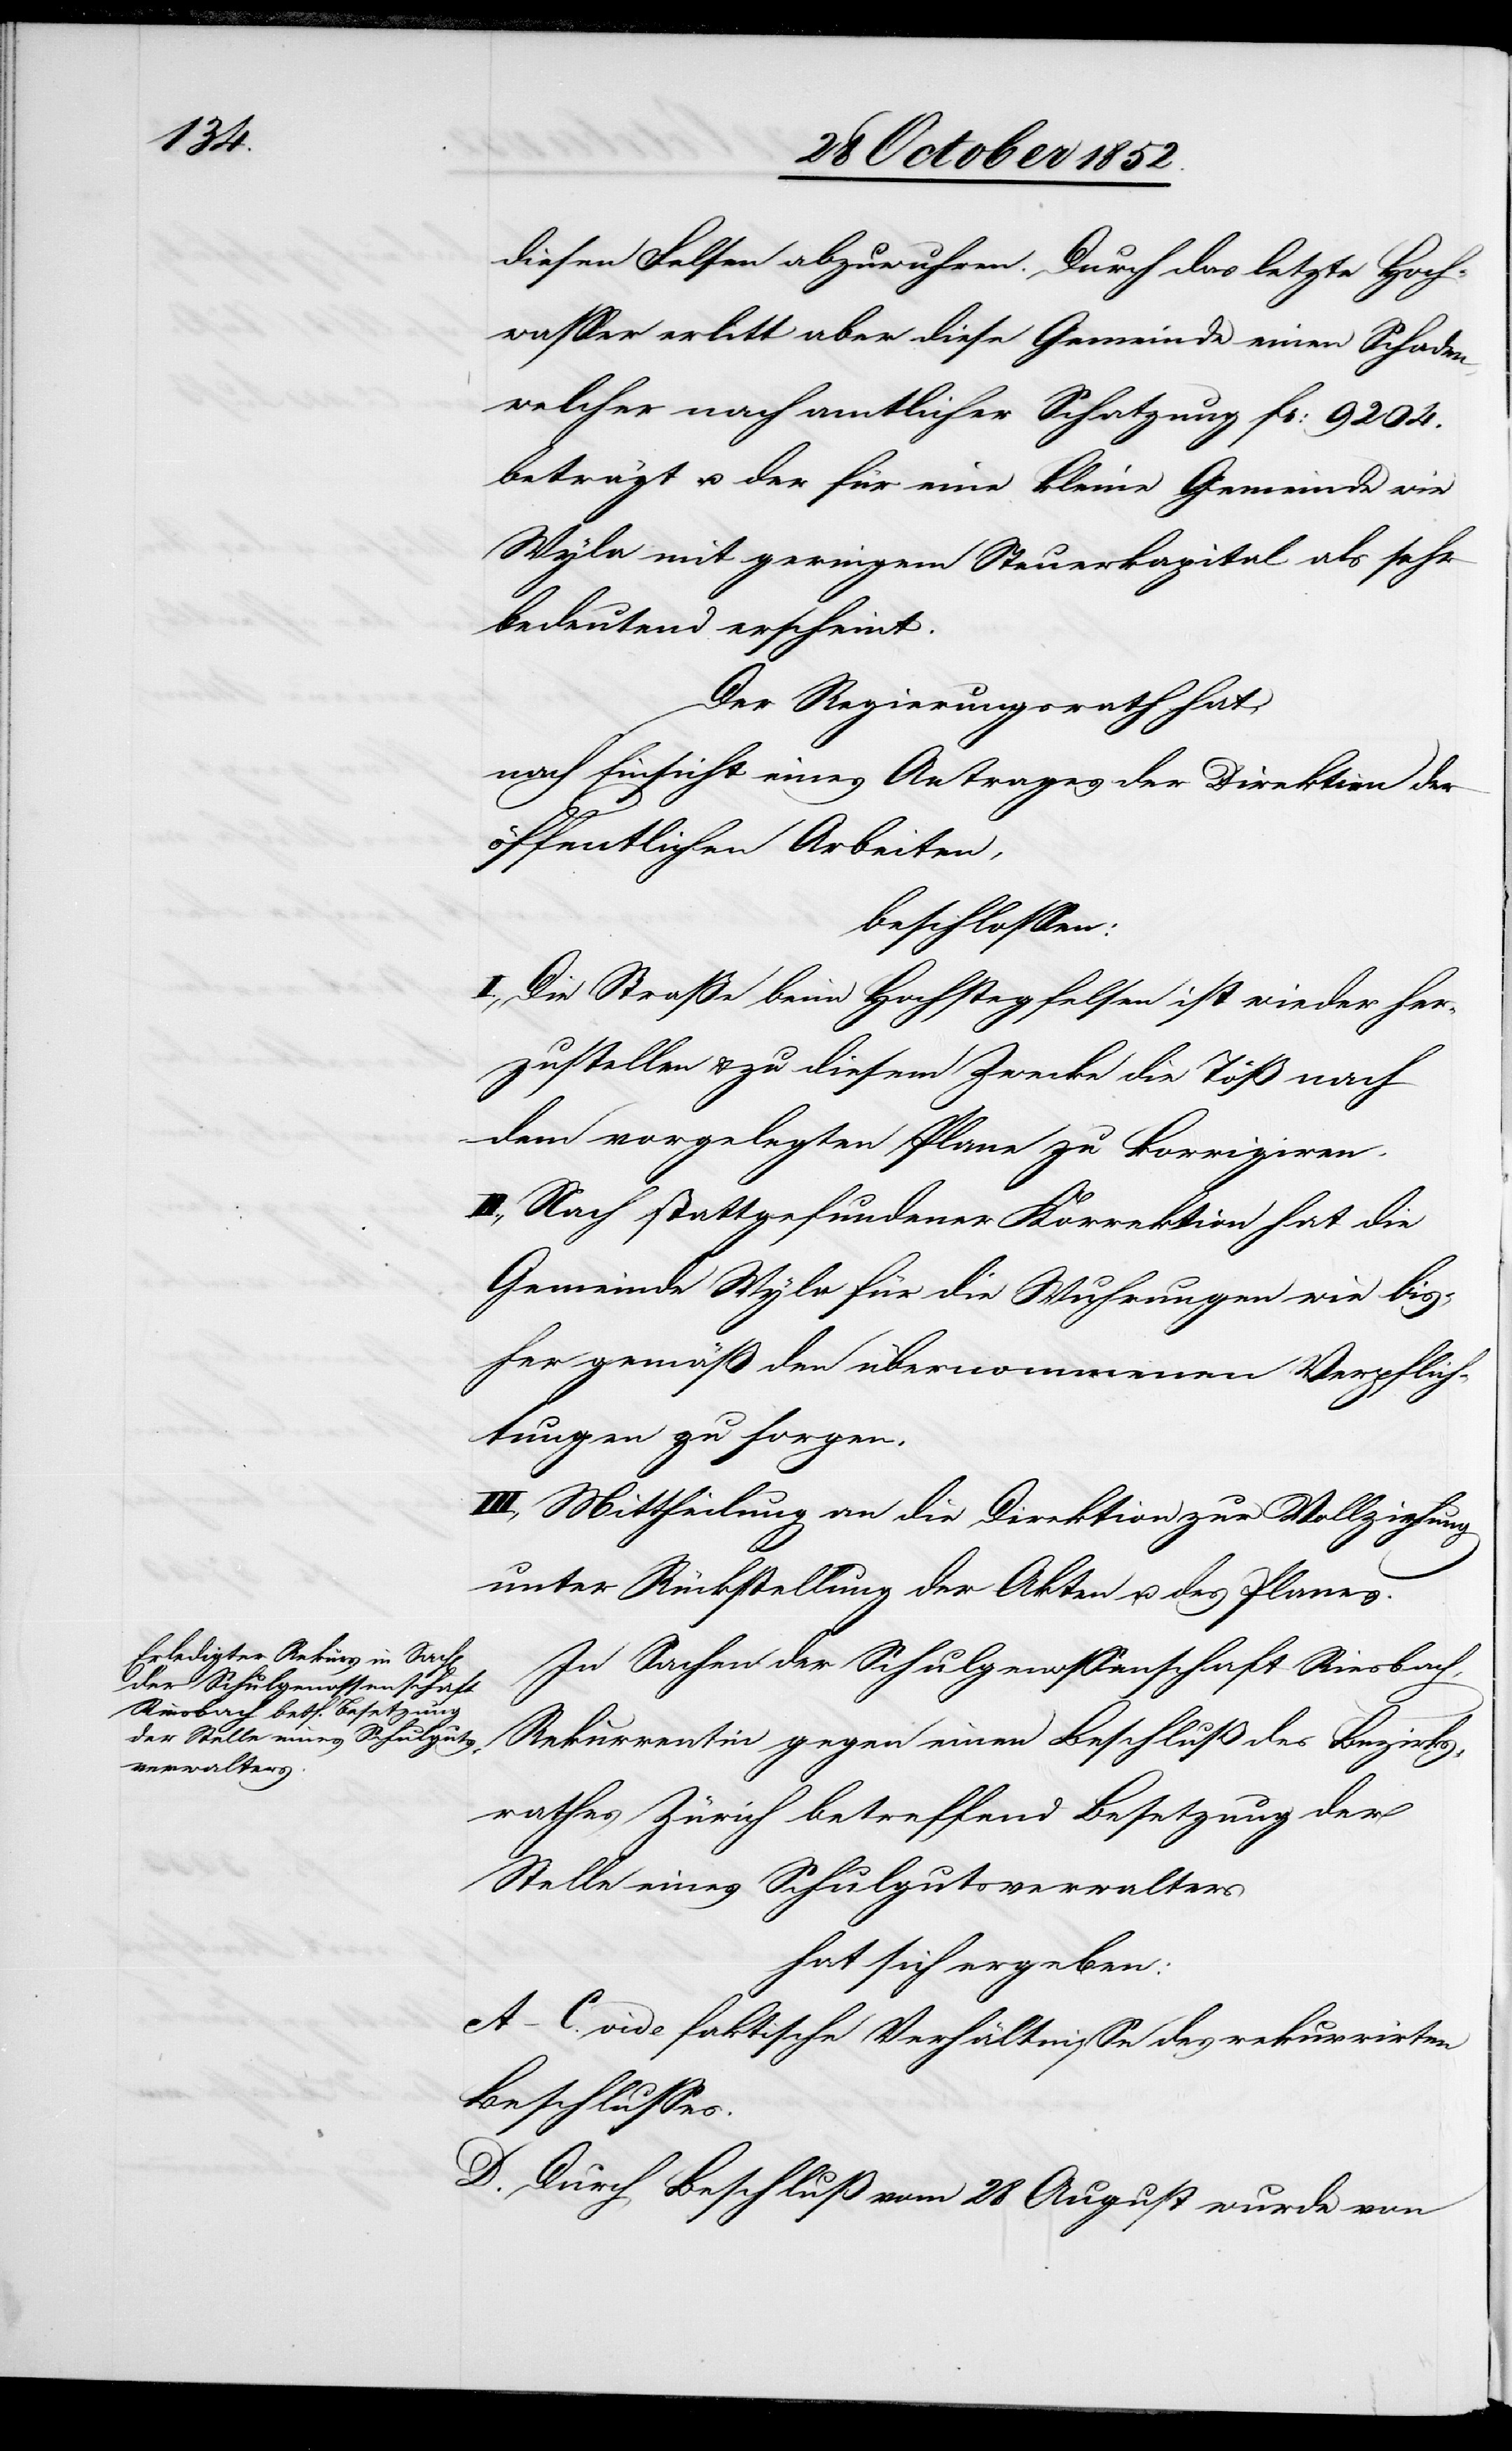
diesen Felsen abzuwuhren. Durch das letzte Hoch¬
wasser erlitt aber diese Gemeinde einen Schaden,
welcher nach amtlicher Schatzung Fr: 9204.
beträgt u. der für eine kleine Gemeinde wie
Wyla mit geringem Steuerkapital als sehr
bedeutend erscheint.
Der Regierungsrath hat,
nach Einsicht eines Antrages der Direktion der
öffentlichen Arbeiten,
beschlossen:
I., Die Straße beim Hochstegfelsen ist wieder her¬
zustellen & zu diesem Zwecke die Töß nach
dem vorgelegten Plane zu korrigiren.
II., Nach stattgefundener Korrektion hat die
Gemeinde Wyla für die Wuhrungen wie bis¬
her gemäß den übernommenen Verpflich¬
tungen zu sorgen.
III., Mittheilung an die Direktion zur Vollziehung
unter Rückstellung der Akten u. des Planes.
In Sachen der Schulgenossenschaft Riesbach,
Rekurrentin gegen einen Beschluß des Bezirks¬
rathes Zürich betreffend Besetzung der
Stelle eines Schulgutsverwalters
hat sich ergeben:
A–C. vide faktische Verhältnisse des rekurrirten
Beschlusses.
D. Durch Beschluß vom 28 August wurde von